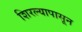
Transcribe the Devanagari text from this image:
शिरल्यापासून